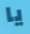
يا